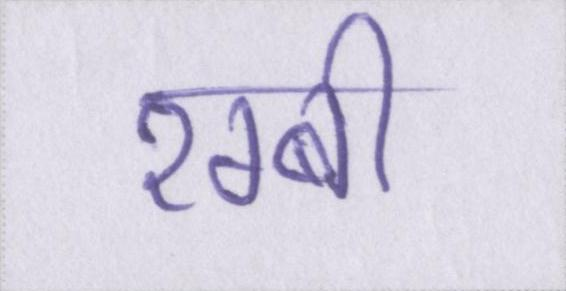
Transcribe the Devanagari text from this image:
रग्बी